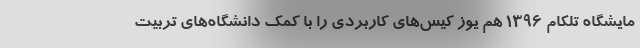
مایشگاه تلکام 1396 هم یوز کیس‌های کاربردی را با کمک دانشگاه‌های تربیت